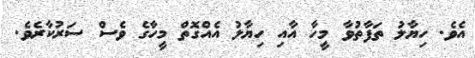
އެވެ. ހިޔާލު ތަފާތުވާ މީހާ އާއި ހިޔާލު އެއްގޮތް މީހާގެ ވެސް ސަރުކާރެވެ.